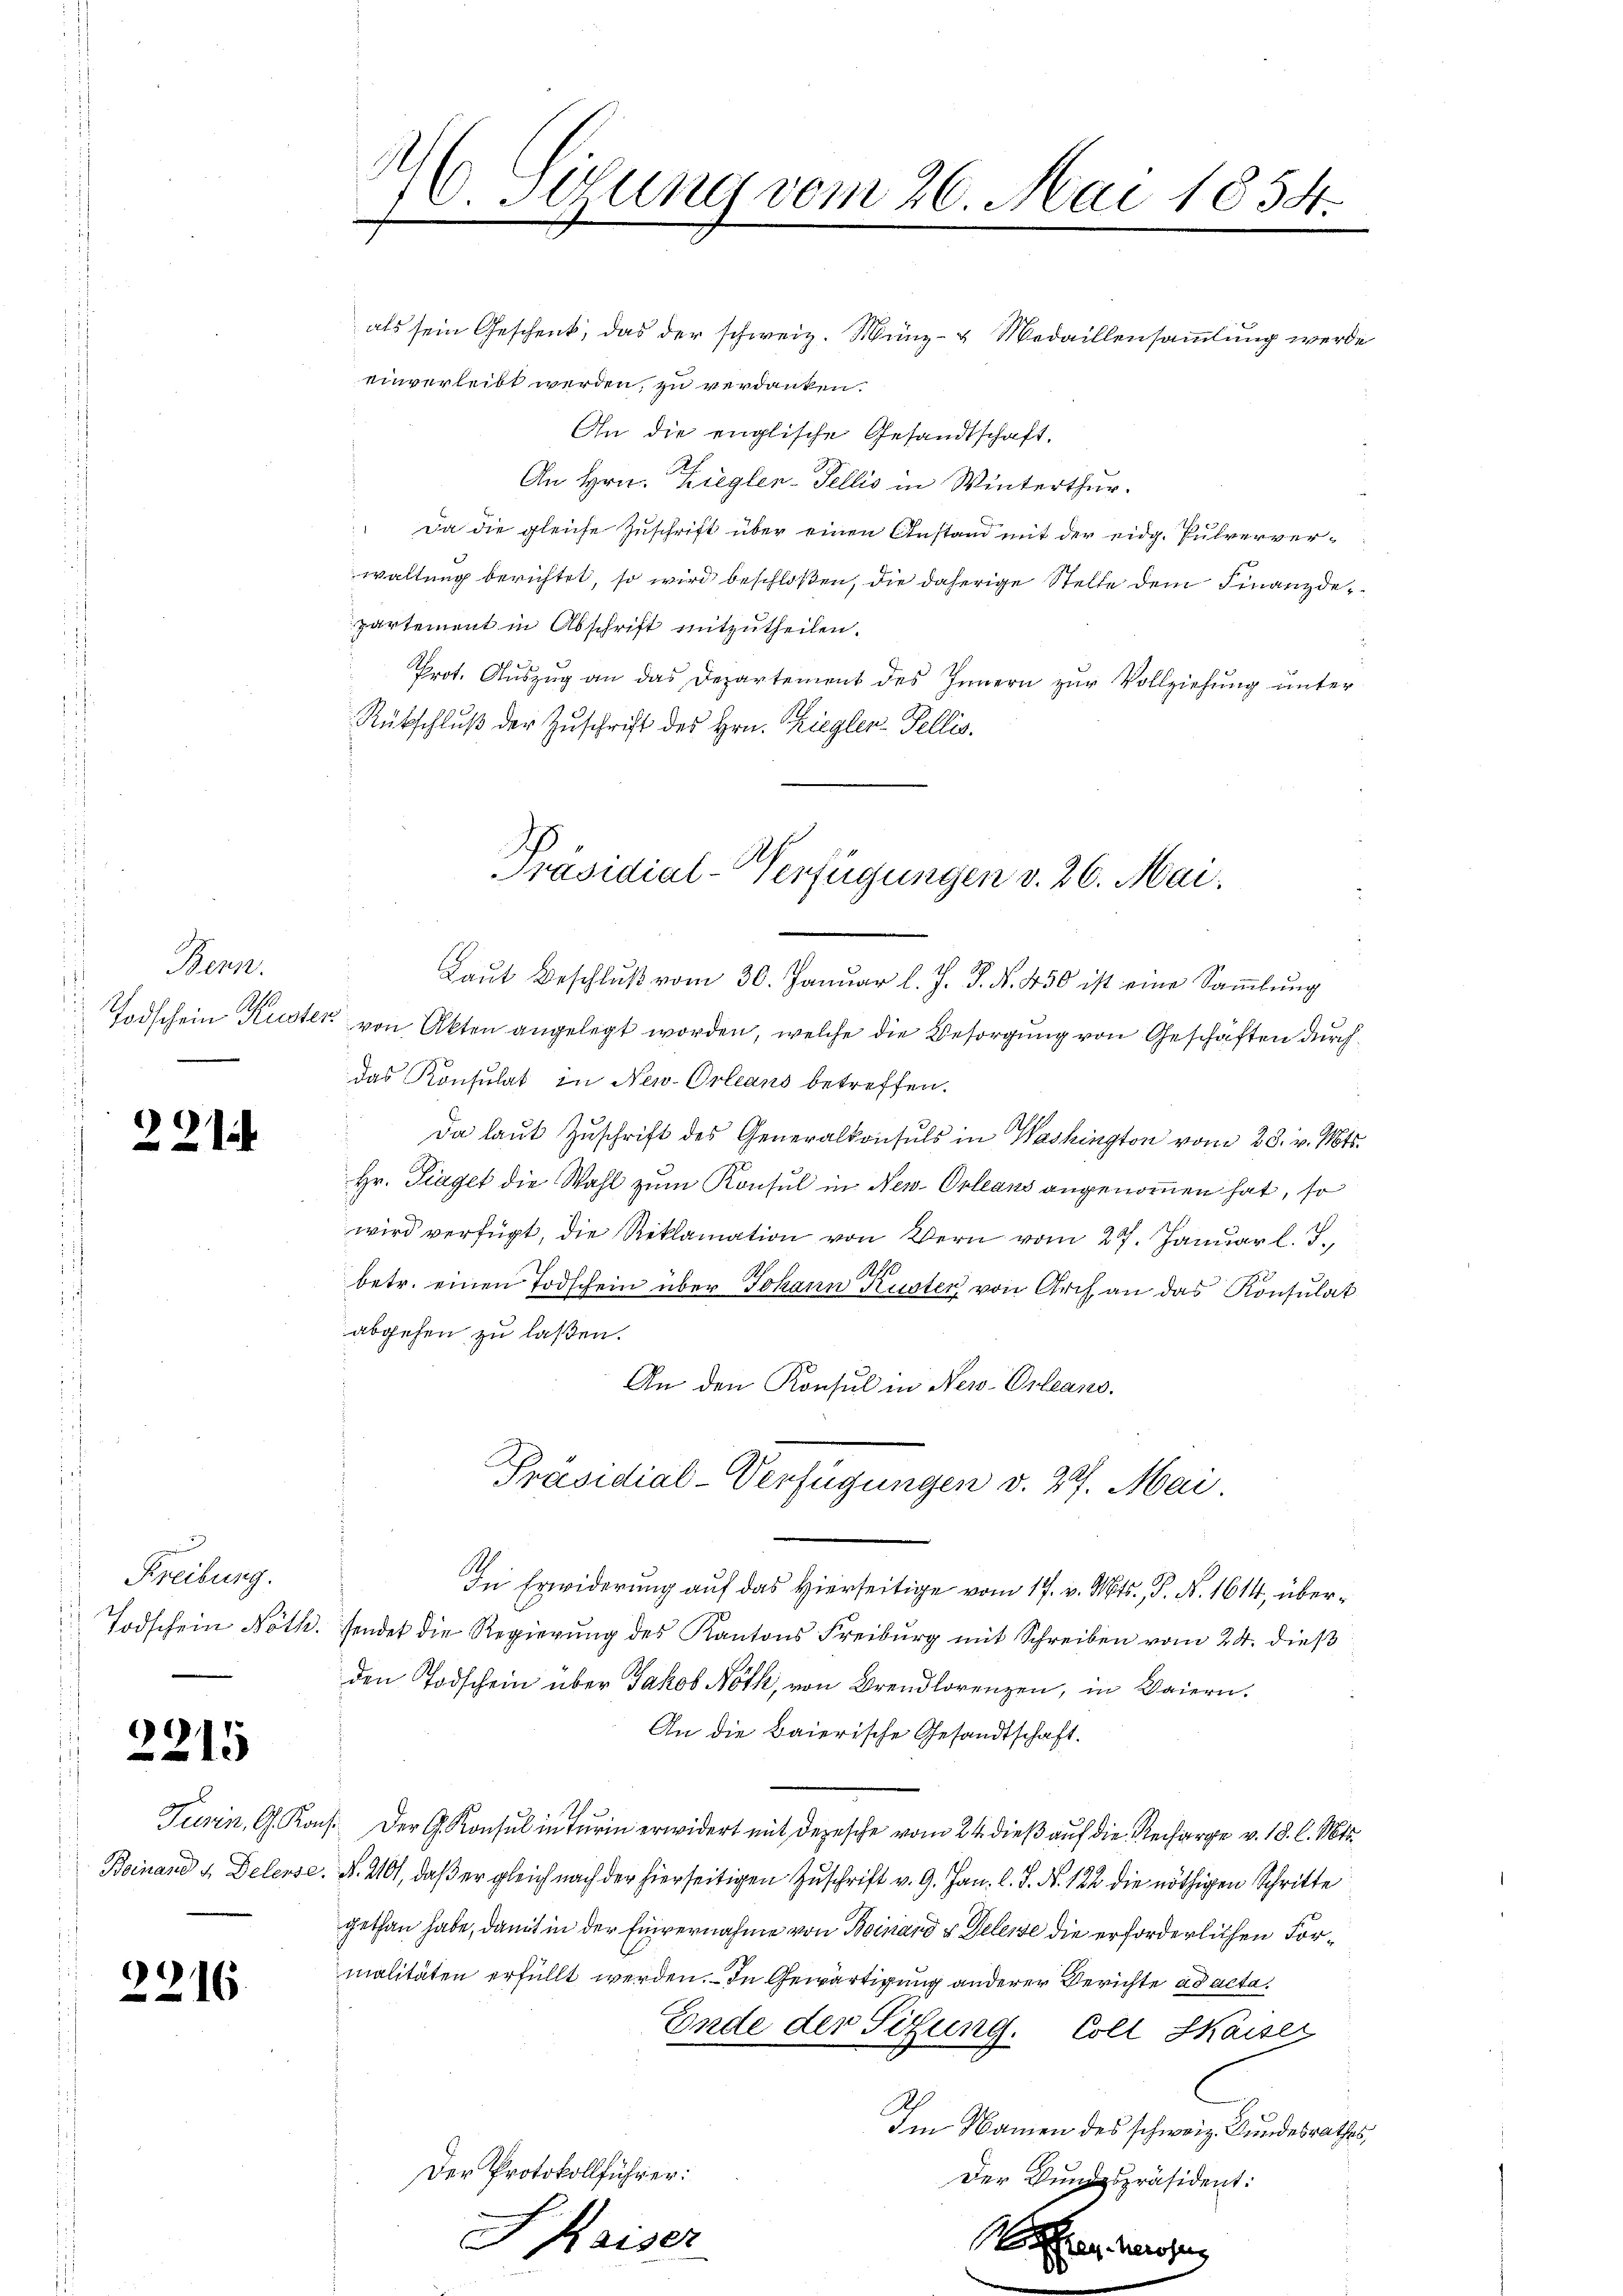
Bern.
Todschein Kuster

221

w
Freibung.

2215

2216.

S
V. Sitzung vom 26. Mai 1854.
f

als sein Geschenk, das der schweiz. Münz- u Medaillensammlung werde
einverleibt werden, zu verdanken.
An die englische Gesandtschaft.
An Hrn. Ziegler-Fellis in Winterthur.
 Da die gleiche Zuschrift über einen Anstand mit der eidg. Pulververwaltung berichtet, so wird beschloßen, die daherige Stelle dem Finanzdepartement in Abschrift mitzutheilen.
Prot. Aŭszŭg an das Departement des Innern zŭr Vollziehung unter
Rükschlŭβ der Zŭschrift des Hrn. Ziegler-Fellis.

Präsidial-Verfügungen v. 26. Mai.

S. Kaiser

Laŭt Beschlŭβ vom 30. Januar l. J. J. N. 450 ist eine Sammlung
1 von Akten angelegt worden, welche die Besorgung von Geschäften durch
das Konsulat in New-Orleans betreffen.
 Da laut Zuschrift des Generalkonsuls in Washington vom 28. v. Mts.
Hr. Traget die Wahl zum Konsul in New-Orleans angenommen hat, so
wird verfügt, die Reklamation von Wern vom 27. Januar l. J.
190
betr. einen Todschein über Johann Kuster von Arch, an das Konsulat
abgehen zu laßen.
An den Konsul in New-Orleano.
Präsidial-Verfügungen v. 27. Mai.

.
In Erwiderung auf das Hierseitige vom 17. v. Mts., S. N. 1614, über¬
 Todschein Nöth. sendet die Regierung des Kantons Freiburg mit Schreiben vom 24. dieß
den Todschein über Jakob Nöth, von Brendlorenzen, in Baiern.
An die Baierische Gesandtschaft.
Turin, G. Kons. Der G. Konsul in Turin erwidert mit Depesche vom 24. dieß auf die Recharge v. 18. l. Mts.
Beinand & Delense. N. 2101, daß er gleich nach der hierseitigen Zuschrift v. 9. Jan. l. J. N. 122 die nöthigen Schritte
gethan habe, damit in der Einvernahme von Beinand & Geleise die erforderlichen Formalitäten erfüllt werden. – In Gewärtigung anderer Berichte ad acta¬
Ende der Sitzung. Coll Kaiser
Im Namen des schweiz. Bundesrathes,
Der Protokollführer:
Der Kundespräsident:

1